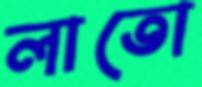
লাতো